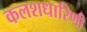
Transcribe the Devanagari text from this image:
कलशधारिणी